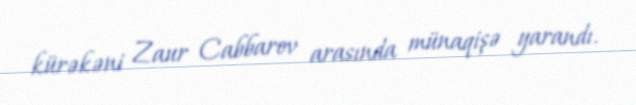
kürəkəni Zaur Cabbarov arasında münaqişə yarandı.